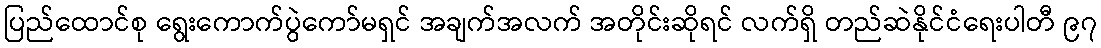
ပြည်ထောင်စု ရွေးကောက်ပွဲကော်မရှင် အချက်အလက် အတိုင်းဆိုရင် လက်ရှိ တည်ဆဲနိုင်ငံရေးပါတီ ၉၇